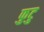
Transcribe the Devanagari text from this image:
फुटु